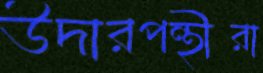
উদারপন্থীরা